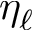
\eta _ { \ell }